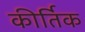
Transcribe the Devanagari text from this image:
कीर्तिक